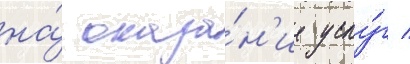
на́ оказа́н'ие услу́г /